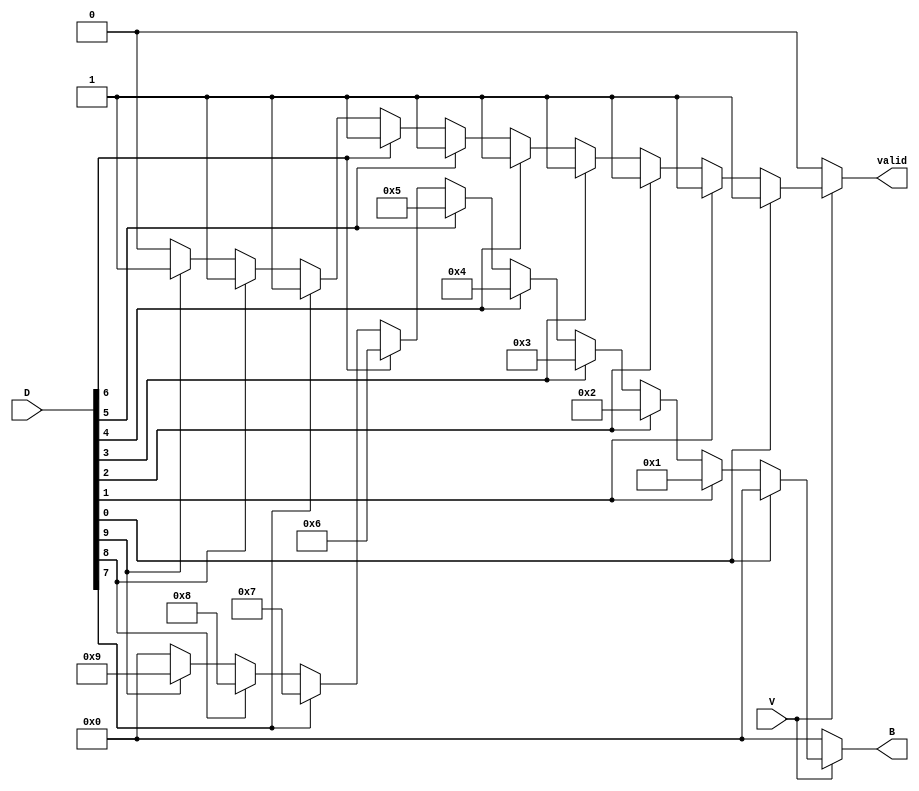
module DecimalToBinaryEncoder (
    input wire [9:0] D,  // 10 input lines D0 to D9
    input wire V,        // Valid input signal
    output reg [3:0] B,  // 4-bit binary output B3 to B0
    output reg valid      // Output valid signal
);

    always @(*) begin
        if (!V) begin
            // If valid signal is low, output should be defined (e.g., all zeros)
            B = 4'b0000;
            valid = 1'b0;
        end else begin
            // Default output for invalid state
            B = 4'b0000;
            valid = 1'b1;

            // Priority encoding logic
            case (1'b1)
                D[0]: B = 4'b0000; // D0 is high
                D[1]: B = 4'b0001; // D1 is high
                D[2]: B = 4'b0010; // D2 is high
                D[3]: B = 4'b0011; // D3 is high
                D[4]: B = 4'b0100; // D4 is high
                D[5]: B = 4'b0101; // D5 is high
                D[6]: B = 4'b0110; // D6 is high
                D[7]: B = 4'b0111; // D7 is high
                D[8]: B = 4'b1000; // D8 is high
                D[9]: B = 4'b1001; // D9 is high
                default: begin
                    // If no inputs are high, output can be defined as all zeros
                    B = 4'b0000; // or any other defined state
                    valid = 1'b0; // Invalid state
                end
            endcase
        end
    end

endmodule